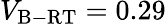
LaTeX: V_{\mathrm{B-RT}}=0.29